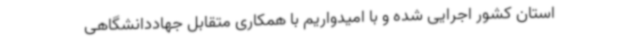
استان کشور اجرایی شده و با امیدواریم با همکاری متقابل جهاددانشگاهی